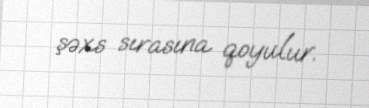
şəxs sırasına qoyulur.